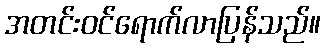
အတင်းဝင်ရောက်လာပြန်သည်။